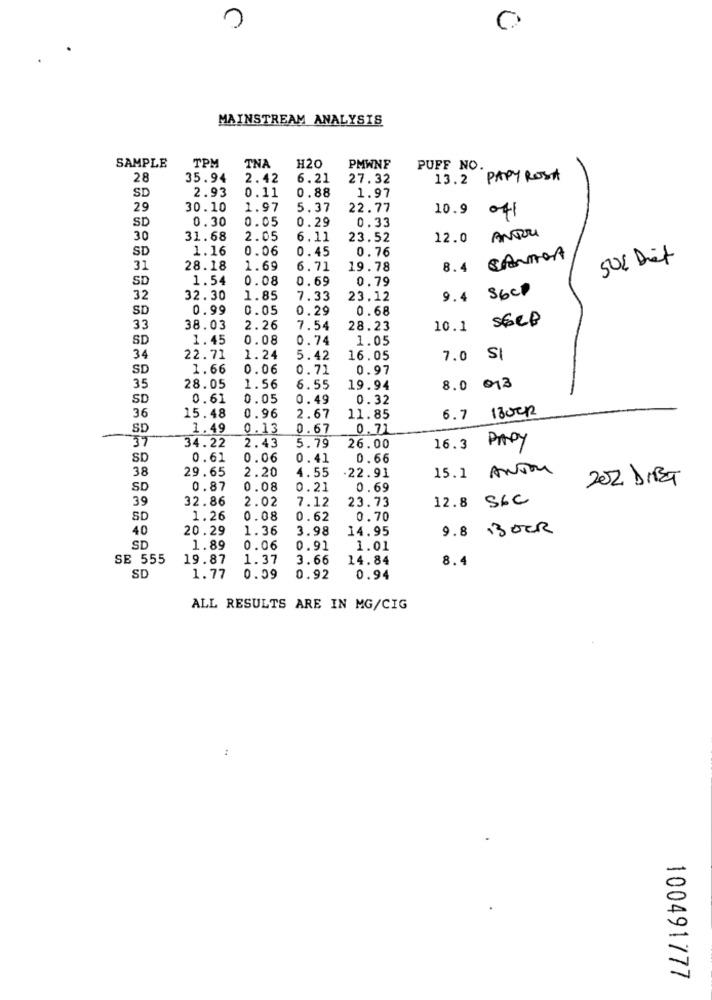
0
MAINSTREAM ANALYSIS
SAMPLE
TPM
TNA
H20
PMWNF
PUFF NO.
28
35.94
2.42
6.21
27.32
13.2 PAPY ROSA
SD
2.93
0.11
0.88
1.97
29
30.10
1.97
5.37
22.77
10.9 041
SD
0.30
0.05
0.29
0.33
ANDU
30
31.68
2.05
6.11
23.52
12.0
SD
1.16
0.06
0.45
0.76
8.4 CANADA
50% Dit
31
28.18
1.69
6.71
19.78
SD
1.54
0.08
0.69
0.79
9.4 56cp
32
32.30
1.85
7.33
23.12
SD
0.99
0.05
0.29
0.68
10.1 SECP
33
38.03
2.26
7.54
28.23
SD
1.45
0.08
0.74
1.05
34
22.71
1.24
5.42
16.05
7.0 SI
SD
1.66
0.06
0.71
0.97
35
28.05
1.56
6.55
19.94
8.0 013
SD
0.61
0.05
0.49
0.32
15.48
6.7 1300R
36
0.96
2.67
11.85
SD
1.49
0.13
0.67
0.71
37
16.3 PAPY
34.22
2.43
5.79
26.00
SD
0.61
0.06
0.41
0.66
38
29.65
2.20
4.55
15.1 ANDon
22.91
202 DIBT
SD
0.87
0.08
0.21
0.69
39
32.86
2.02
7.12
23.73
12.8 SEC
SD
1.26
0.08
0.62
0.70
40
20.29
1.36
3.98
14.95
9.8 .300R
SD
1.89
0.06
0.91
1.01
SE 555
19.87
1.37
3.66
14.84
8.4
SD
1.77
0.99
0.92
0.94
ALL RESULTS ARE IN MG/CIG
:
100491777